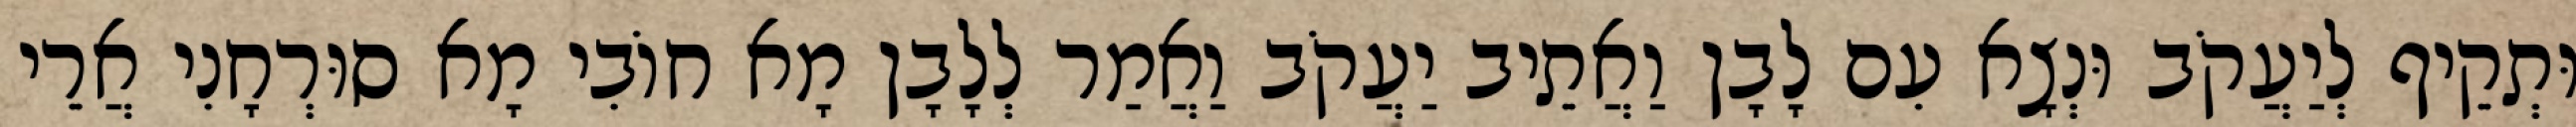
וּתְקֵיף לְיַעֲקֹב וּנְצָא עִם לָבָן וַאֲתֵיב יַעֲקֹב וַאֲמַר לְלָבָן מָא חוֹבִי מָא סוּרְחָנִי אֲרֵי